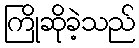
ကြိုဆိုခဲ့သည်